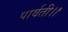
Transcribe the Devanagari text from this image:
पार्वती।।